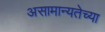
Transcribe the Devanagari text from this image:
असामान्यतेच्या